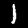
Digit: 1